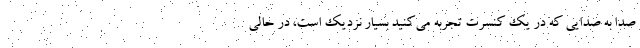
صدا به صدایی که در یک کنسرت تجربه می‌کنید بسیار نزدیک است، در حالی